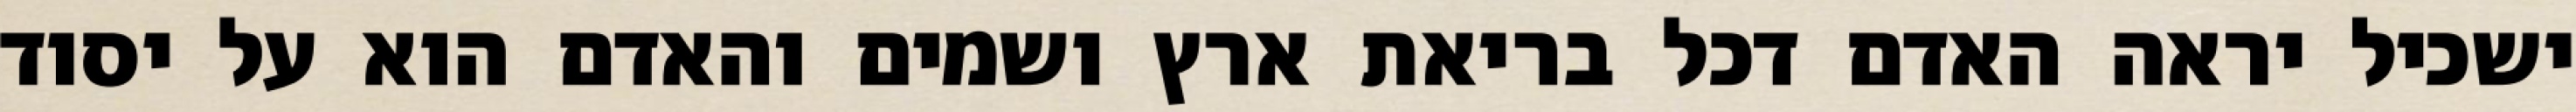
ישכיל יראה האדם דכל בריאת ארץ ושמים והאדם הוא על יסוד